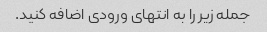
جمله زیر را به انتهای ورودی اضافه کنید.